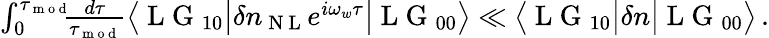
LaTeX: \begin{array}{r}{\int_{0}^{\tau_{\mathrm{~m~o~d~}}}\! \! \! \frac{d\tau}{\tau_{\mathrm{~m~o~d~}}}\big\langle\mathrm{~L~G~}_{10}\big|\delta n_{\mathrm{~N~L~}}e^{i\omega_{w}\tau}\big|\mathrm{~L~G~}_{00}\big\rangle\ll\big\langle\mathrm{~L~G~}_{10}\big|\delta n\big|\mathrm{~L~G~}_{00}\big\rangle\, .}\end{array}